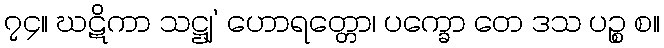
၇၄။ ဃဋိကာ သဋ္ဌျ’ ဟောရတ္တော၊ ပက္ခော တေ ဒသ ပဉ္စ စ။